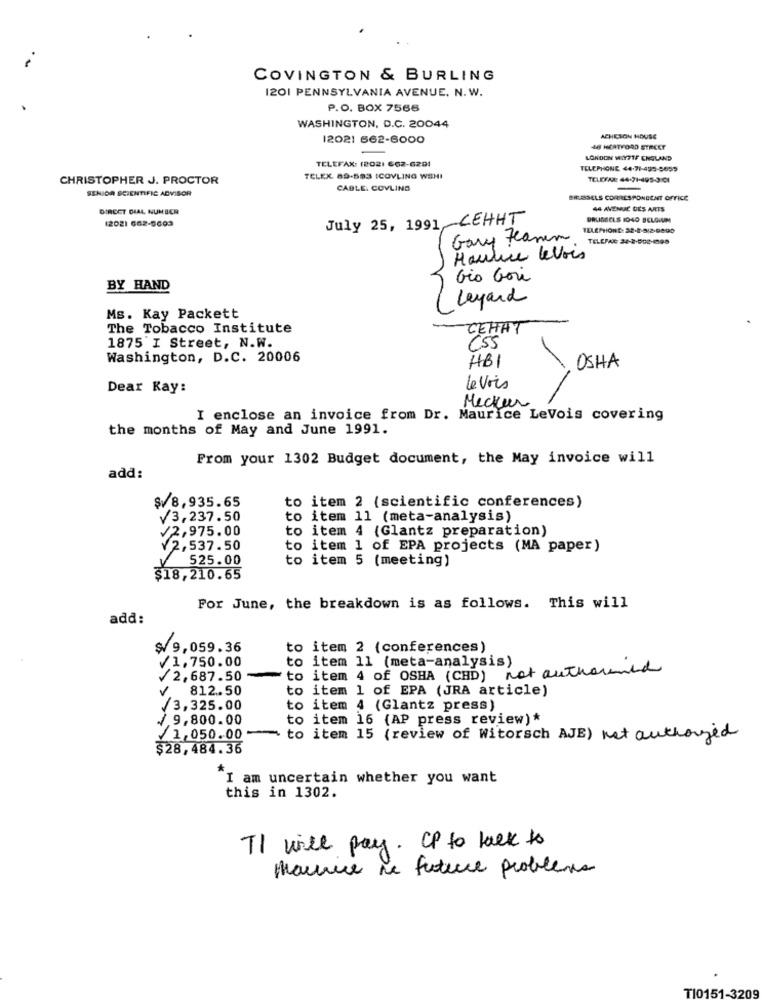
COVINGTON & BURLING
1201 PENNSYLVANIA AVENUE. N.W.
P.O. BOX 7566
WASHINGTON, D.C. 20044
12021 662-6000
ACHICION HOUSE
46 HERTFORD STREET
TELEFAX: (202) 662-6291
LONDON WIYPTF ENGLAND
TELEPHONE 44.71-495-9659
CHRISTOPHER J. PROCTOR
TELEX. 89-593 ICOVLING WSHI
TELEFAX: 44-71-495-301
SENIOR SCIENTIFIC ADVISOR
CABLE. COVLING
BRLASSELS CORRESPONDENT OFFICE
DIRECT DIAL NUMBER
44 AVENUE DES ARTS
July 25, 1991, CEHHT
BRUSSELS 1040 BELGIUM
12021 662-5609
Gary Heaven
TELEFAX 24-2-002-198
Haulice levois
Gio Gori
BY HAND
Leyard
Ms. Kay Packett
The Tobacco Institute
CEHAT
1875'I Street, N.W.
CSS
Washington, D.C. 20006
OSHA
HBI
Dear Kay:
le vois
Mecker
I enclose an invoice from Dr. Maurice LeVois covering
the months of May and June 1991.
From your 1302 Budget document, the May invoice will
add:
$18,935.65
to item 2 (scientific conferences)
V3,237.50
to item 11 (meta-analysis)
¥2,975.00
to item 4 (Glantz preparation)
¥2,537.50
to item 1 of EPA projects (MA paper)
525.00
to item 5 (meeting)
$18,210.65
For June, the breakdown is as follows. This will
add:
$9,059.36
to item 2 (conferences)
/1,750.00
to item 11 (meta-analysis)
to item 4 of OSHA (CHD) not authorimed
//2,687.50
812.50
to item 1 of EPA (JRA article)
/3,325.00
to item 4 (Glantz press)
/ 9,800.00
to item 16 (AP press review)*
1,050.00-
to item 15 (review of Witorsch AJE) not authorized
$28,484.36
I am uncertain whether you want
this in 1302.
TI will pay. CP to talk to
Marnie se future problema
TI0151-3209